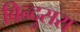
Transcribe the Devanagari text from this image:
बिन्दुसरा